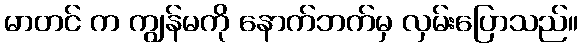
မာတင် က ကျွန်မကို နောက်ဘက်မှ လှမ်းပြောသည်။